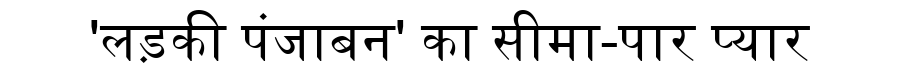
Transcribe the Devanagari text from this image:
'लड़की पंजाबन' का सीमा-पार प्यार